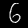
Label: 6